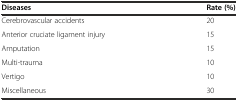
<table><thead><tr><td><b>Diseases</b></td><td><b>Rate (%)</b></td></tr></thead><tbody><tr><td>Cerebrovascular accidents</td><td>20</td></tr><tr><td>Anterior cruciate ligament injury</td><td>15</td></tr><tr><td>Amputation</td><td>15</td></tr><tr><td>Multi-trauma</td><td>10</td></tr><tr><td>Vertigo</td><td>10</td></tr><tr><td>Miscellaneous</td><td>30</td></tr></tbody></table>